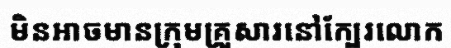
មិនអាចមានក្រុមគ្រួសារនៅក្បែរលោក